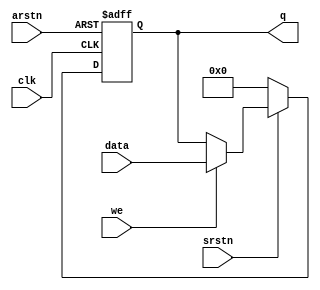
`timescale 1ns/1ps
module Verilog_laba_1(clk, we, data, q, arstn, srstn);

input clk, we, arstn, srstn;
input [31:0] data;
output reg [31:0] q;

always @(posedge clk or negedge arstn) begin /* This code was taken from the Lab_1 of Nazar Volynko*/
	if(!arstn) begin 
		q <= 32'h0;
		end 
		else if(!srstn) begin 
		q <= 32'h0;
		end 
		else if(we) begin
		q <= data;
		end 	
		else begin 
		q <= q;
		end 
end

endmodule